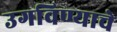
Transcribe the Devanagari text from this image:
उगविण्याचे